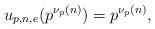
LaTeX: \begin{align*} u_{p,n,e} (p^{\nu_p(n)}) &= p^{\nu_p(n)},\end{align*}